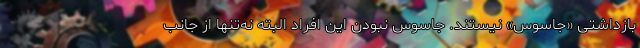
بازداشتی «جاسوس» نیستند. جاسوس نبودن این افراد البته نه‌تنها از جانب